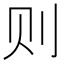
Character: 则